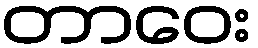
တာဝေး